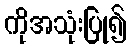
ကိုအသုံးပြု၍